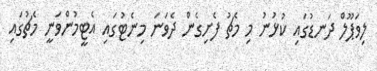
ލިވަޕޫލް ދަނޑުގައި ކުޅުނު މި މެޗު ފެށިގެން ދެވަނަ މިނެޓުގައި އެޓީމުންވަނީ މެޗުގައި